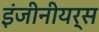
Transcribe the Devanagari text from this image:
इंजीनीयर्स